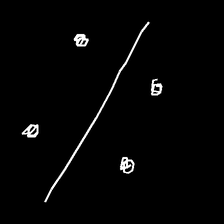
Glyph: cool